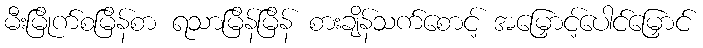
မီးမြိုက်စမြိန်စာ ရသာမြိန်မြိန် စားချိန်သက်စောင့် အမြှောင့်ပေါင်မြှောင်